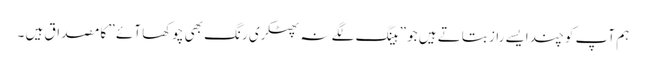
ہم آپ کو چند ایسے راز بتاتے ہیں جو ” ہینگ لگے نہ پھٹکری رنگ بھی چوکھا آئے ” کا مصداق ہیں ۔